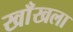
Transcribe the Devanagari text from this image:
खाँखला